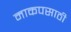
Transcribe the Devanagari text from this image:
माकपसाठी